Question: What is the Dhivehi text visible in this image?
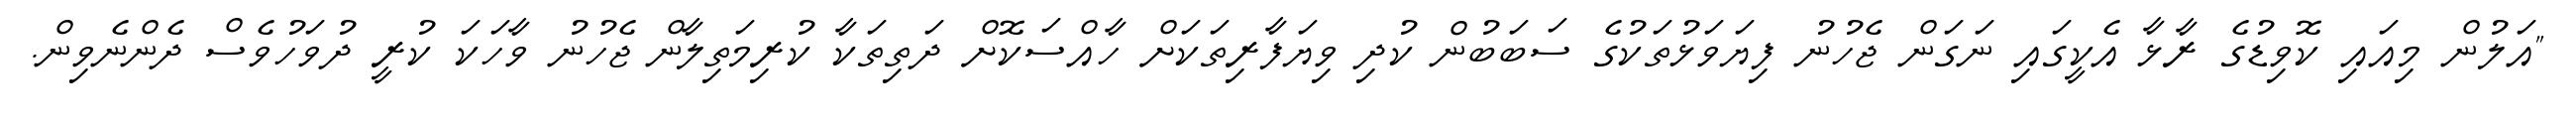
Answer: "އަލުން މިއައި ކޮވިޑުގެ ރާޅާ އެކީގައި ނަގަން ޖެހުނު ފިޔަވަޅުތަކުގެ ސަބަބުން ކުދި ވިޔަފާރިތަކަށް ހާއްސަކޮށް ދަތިތަކާ ކުރިމަތިލާން ޖެހުނު ވާހަކަ ކުރީ ދުވަހުވެސް ދެންނެވިން.